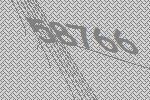
58766